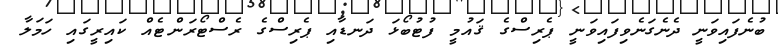
ބުނެފައިވަނީ ދެނެގަނެވިފައިވަނީ ޕެރިސްގެ ޤައުމީ ފުޓުބޯޅަ ދަނޑާއި ޕެރިސްގެ ރެސްޓޯރަންޓެއް ކައިރީގައި ހަމަލާ